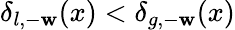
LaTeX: \delta_{l,-\mathbf{w}}(x)<\delta_{g,-\mathbf{w}}(x)